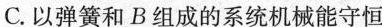
C.以弹簧和B组成的系统机械能守恒